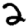
Digit: 2